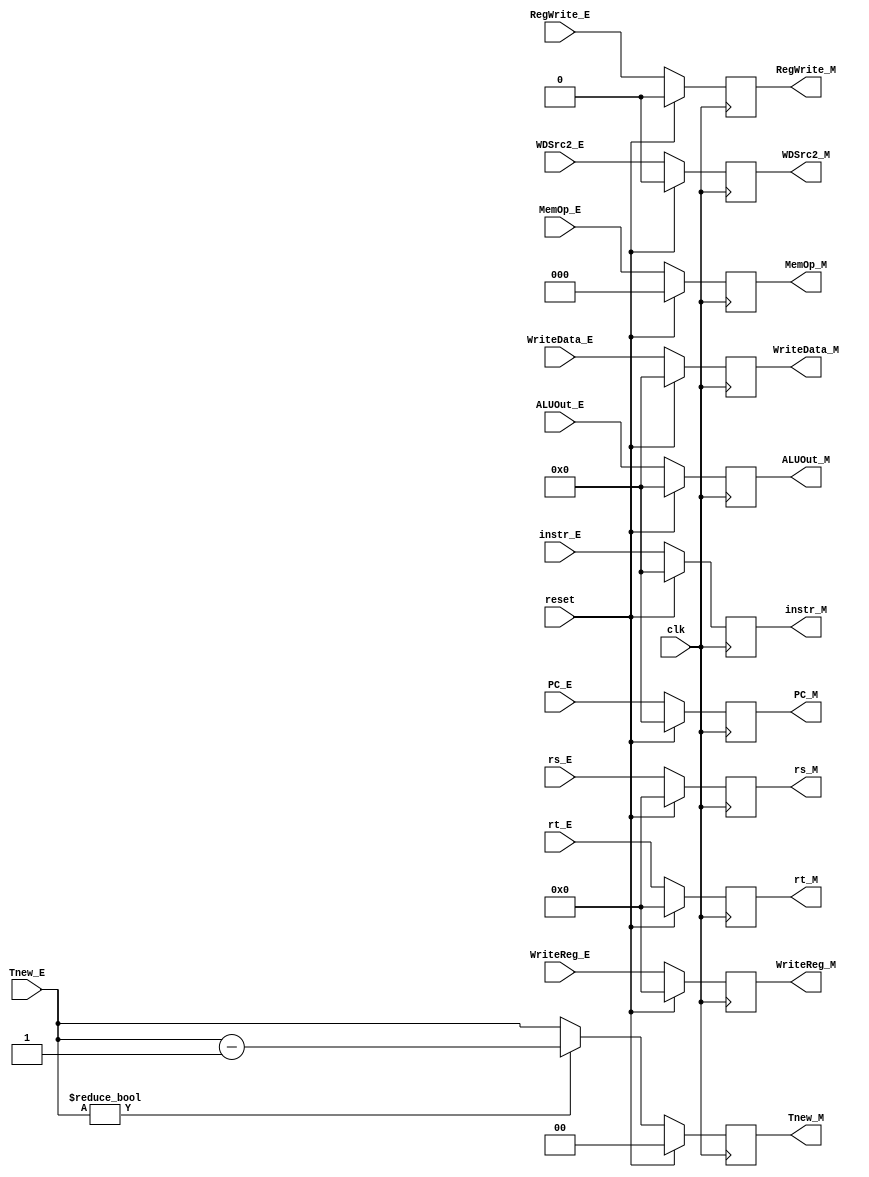
`timescale 1ns / 1ps
//////////////////////////////////////////////////////////////////////////////////
// Company: 
// Engineer: 
// 
// Design Name: 
// Module Name:    reg_M 
// Project Name: 
// Target Devices: 
// Tool versions: 
// Description: 
//
// Dependencies: 
//
// Revision: 
// Revision 0.01 - File Created
// Additional Comments: 
//
//////////////////////////////////////////////////////////////////////////////////
`default_nettype none

module reg_M(
	input wire clk,
	input wire reset,
	
	input wire [31:0] ALUOut_E,
	input wire [31:0] WriteData_E,
	input wire [4:0] rs_E,
	input wire [4:0] rt_E,
	input wire [4:0] WriteReg_E,
	input wire [31:0] instr_E,
	input wire [31:0] PC_E,
	
	input wire RegWrite_E,
	input wire [2:0] MemOp_E,
	input wire WDSrc2_E,
	input wire [1:0] Tnew_E,
	
	output wire [31:0] ALUOut_M,
	output wire [31:0] WriteData_M,
	output wire [4:0] rs_M,
	output wire [4:0] rt_M,
	output wire [4:0] WriteReg_M,
	output wire [31:0] instr_M,
	output wire [31:0] PC_M,
	
	output wire RegWrite_M,
	output wire [2:0] MemOp_M,
	output wire WDSrc2_M,
	output wire [1:0] Tnew_M
	);

	reg [31:0] ALUOut;
	reg [31:0] WriteData;
	reg [4:0] rs;
	reg [4:0] rt;
	reg [4:0] WriteReg;
	reg [31:0] instr;
	reg [31:0] PC;
	reg RegWrite;
	reg [2:0] MemOp;
	reg WDSrc;
	reg [1:0] Tnew;
	
	assign ALUOut_M = ALUOut;
	assign WriteData_M = WriteData;
	assign rs_M = rs;
	assign rt_M = rt;
	assign WriteReg_M = WriteReg;
	assign instr_M = instr;
	assign PC_M = PC;
	assign RegWrite_M = RegWrite;
	assign MemOp_M = MemOp;
	assign WDSrc2_M = WDSrc;
	assign Tnew_M = Tnew;
	
	always @(posedge clk) begin
	    if (reset) begin
			ALUOut <= 0;
			WriteData <= 0;
			rs <= 0;
			rt <= 0;
			WriteReg <= 0;
			instr <= 0;
			PC <= 0;
			RegWrite <= 0;
			MemOp <= 0;
			WDSrc <= 0;
			Tnew <= 0;
		end
		else begin 
			ALUOut <= ALUOut_E;
			WriteData <= WriteData_E;
			rs <= rs_E;
			rt <= rt_E;
			WriteReg <= WriteReg_E;
			instr <= instr_E;
			PC <= PC_E;
			RegWrite <= RegWrite_E;
			MemOp <= MemOp_E;
			WDSrc <= WDSrc2_E;
			if (Tnew_E != 0) begin
				Tnew <= Tnew_E - 2'b01;
			end
			else begin
				Tnew <= Tnew_E;
			end
		end
	end
	
endmodule